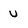
Character: U